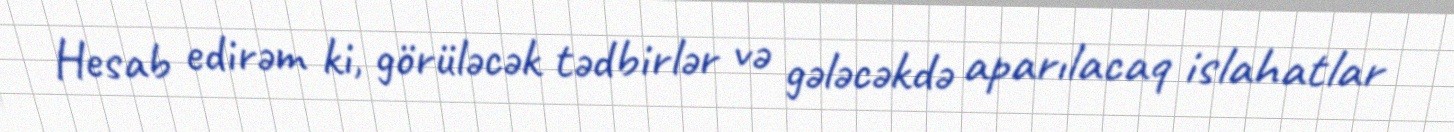
Hesab edirəm ki, görüləcək tədbirlər və gələcəkdə aparılacaq islahatlar